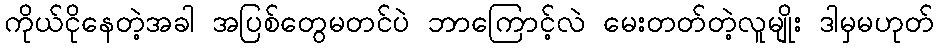
ကိုယ်ငိုနေတဲ့အခါ အပြစ်တွေမတင်ပဲ ဘာကြောင့်လဲ မေးတတ်တဲ့လူမျိုး ဒါမှမဟုတ်